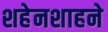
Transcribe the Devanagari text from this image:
शहेनशाहने